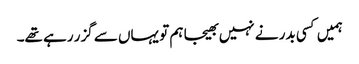
ہمیں کسی بدر نے نہیں بھیجا ہم تو یہاں سے گزر رہے تھے۔